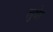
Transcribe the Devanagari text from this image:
लुथेर